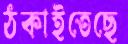
ঠকাইতেছে